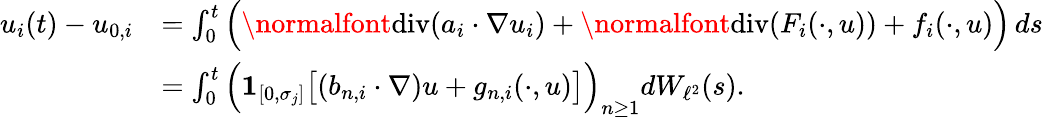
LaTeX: \begin{array}{rl}{u_{i}(t)-u_{0,i}}&{=\int_{0}^{t}\Big(\normalfont{\mathrm{div}}(a_{i}\cdot\nabla u_{i})+\normalfont{\mathrm{div}}(F_{i}(\cdot,u))+f_{i}(\cdot,u)\Big)\, ds}\\ &{=\int_{0}^{t}\Big({{\mathbf 1}}_{[0,\sigma_{j}]}\big[(b_{n,i}\cdot\nabla)u+g_{n,i}(\cdot,u)\big]\Big)_{n\geq 1}dW_{\ell^{2}}(s).}\end{array}